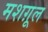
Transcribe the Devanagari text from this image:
मशग़ूल